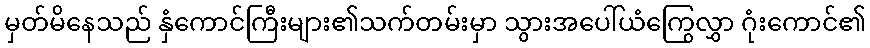
မှတ်မိနေသည် နှံကောင်ကြီးများ၏သက်တမ်းမှာ သွားအပေါ်ယံကြွေလွှာ ဂုံးကောင်၏